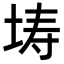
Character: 𭎜